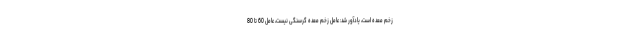
زخم معده است، یادآور شد: عامل زخم معده گرسنگی نیست، عامل 60 تا 80